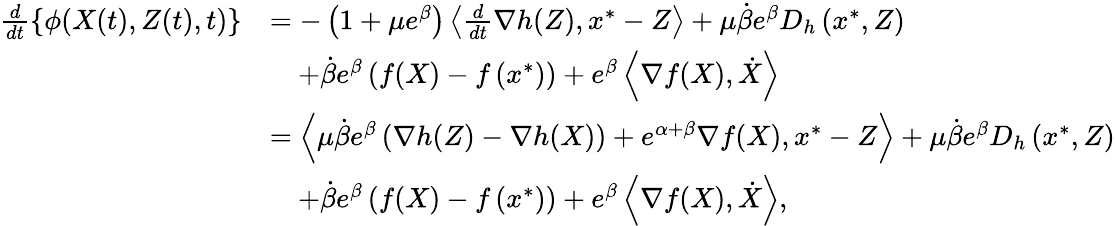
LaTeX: \begin{array}{rl}{\frac{d}{dt}\left\{ \phi(X(t),Z(t),t)\right\} }&{=-\left(1+\mu e^{\beta}\right)\left\langle\frac{d}{dt}\nabla h(Z),x^{*}-Z\right\rangle+\mu\dot{\beta}e^{\beta}D_{h}\left(x^{*},Z\right)}\\ &{\quad+\dot{\beta}e^{\beta}\left(f(X)-f\left(x^{*}\right)\right)+e^{\beta}\left\langle\nabla f(X),\dot{X}\right\rangle}\\ &{=\left\langle\mu\dot{\beta}e^{\beta}\left(\nabla h(Z)-\nabla h(X)\right)+e^{\alpha+\beta}\nabla f(X),x^{*}-Z\right\rangle+\mu\dot{\beta}e^{\beta}D_{h}\left(x^{*},Z\right)}\\ &{\quad+\dot{\beta}e^{\beta}\left(f(X)-f\left(x^{*}\right)\right)+e^{\beta}\left\langle\nabla f(X),\dot{X}\right\rangle,}\end{array}